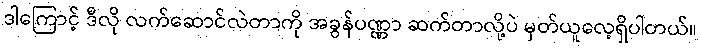
ဒါကြောင့် ဒီလို လက်ဆောင်လဲတာကို အခွန်ပဏ္ဏာ ဆက်တာလို့ပဲ မှတ်ယူလေ့ရှိပါတယ်။